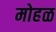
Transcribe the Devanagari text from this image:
मोहळ